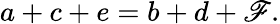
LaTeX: a+c+e=b+d+\mathscr{F}.